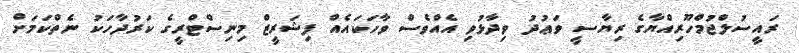
ރައީސުލްޖުމްހޫރިއްޔާގެ ރިޔާސީ ވަޢުދު ވިދާޅުވި އެއްވެސް ވާހަކައެއް ފިޝަރީޒް މިނިސްޓްރީގެ ކަރުދާހަކު ނެތްކަމަށް